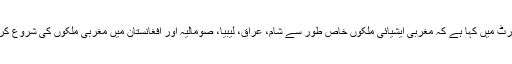
عالمی اردو خبررساں ادارے’’نیوزنور‘‘کی رپورٹ کے مطابق ماہرین عالمی امور نے اپنی ایک رپورٹ میں کہا ہے کہ مغربی ایشیائی ملکوں خاص طور سے شام، عراق، لیبیا، صومالیہ اور افغانستان میں مغربی ملکوں کی شروع کردہ پراکسی وار کے نتیجے میں لاکھوں عام شہریوں کو اپنا گھر بار چھوڑنے پر مجبور ہونا پڑا ہے۔